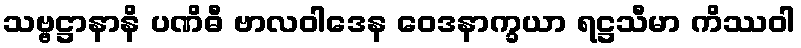
သဗ္ဗဋ္ဌာနာနိ ပဏိဓီ ဗာလဝါဒေန ဝေဒနာက္ခယာ ရဋ္ဌသီမာ ကိဿဝါ